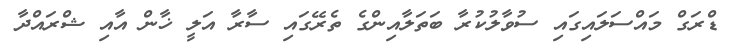
ޑްރަގް މައްސަލައިގައި ސުވާލުކުރާ ބަތަލާއިންގެ ތެރޭގައި ސާރާ އަލީ ޚާން އާއި ޝްރައްދާ